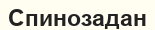
Спинозадан